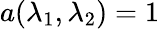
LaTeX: a(\lambda_{1},\lambda_{2})=1